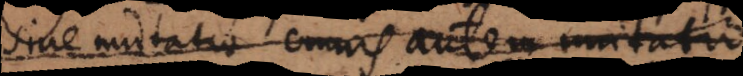
sive mutatio, omnis autem mutatio